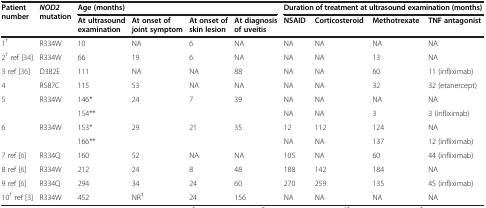
| Patient number | NOD2 mutation | <COLSPAN=4> Age (months) | <COLSPAN=4> Duration of treatment at ultrasound examination (months) |
 |  |  | At ultrasound examination | At onset of joint symptom | At onset of skin lesion | At diagnosis of uveitis | NSAID | Corticosteroid | Methotrexate | TNF antagonist |
 | --- | --- | --- | --- | --- | --- | --- | --- | --- | --- |
 | 1† | R334W | 10 | NA | 6 | NA | NA | NA | NA | NA |
 | 2† ref[34] | R334W | 66 | 19 | 6 | NA | NA | NA | 13 | NA |
 | 3 ref[36] | D382E | 111 | NA | NA | 88 | NA | NA | 60 | 11 (infliximab) |
 | 4 | R587C | 115 | 53 | NA | NA | NA | NA | 32 | 32 (etanercept) |
 | <ROWSPAN=2> 5 | <ROWSPAN=2> R334W | 146* | <ROWSPAN=2> 24 | <ROWSPAN=2> 7 | <ROWSPAN=2> 39 | NA | NA | NA | NA |
 | 154** | NA | NA | 3 | 3 (infliximab) |
 | <ROWSPAN=2> 6 | <ROWSPAN=2> R334W | 153* | <ROWSPAN=2> 29 | <ROWSPAN=2> 21 | <ROWSPAN=2> 35 | 12 | 112 | 124 | NA |
 | 166** | NA | NA | 137 | 12 (infliximab) |
 | 7 ref[6] | R334Q | 160 | 52 | NA | NA | 105 | NA | 60 | 44 (infliximab) |
 | 8 ref[6] | R334W | 212 | 24 | 8 | 48 | 188 | 142 | 184 | NA |
 | 9 ref[6] | R334Q | 294 | 34 | 24 | 60 | 270 | 259 | 135 | 45 (infliximab) |
 | 10† ref[3] | R334W | 452 | NR‡ | 24 | 156 | NA | NA | NA | NA |